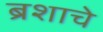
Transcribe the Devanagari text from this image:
ब्रशाचे